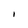
Character: I